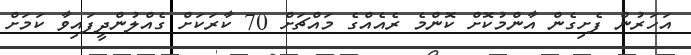
އަހަރުން ފެށިގެން އާންމުކޮށް ކޮންމެ ރެއެއްގެ މައްޗަށް 70 ކާރަކަށް ގެއްލުންދީފައިވާ ކަމަށް